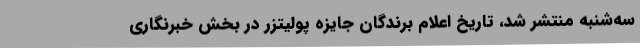
سه‌شنبه منتشر شد، تاریخ اعلام برندگان جایزه پولیتزر در بخش خبرنگاری